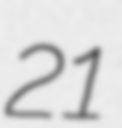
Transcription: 21